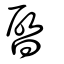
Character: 晵